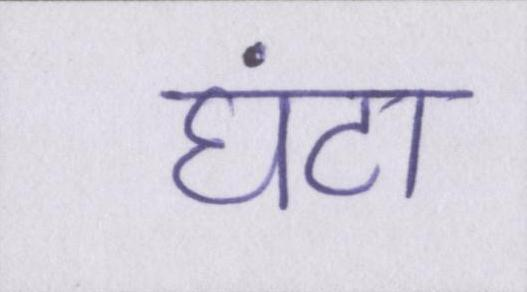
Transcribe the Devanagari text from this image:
घंटा